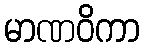
မာဏဝိကာ